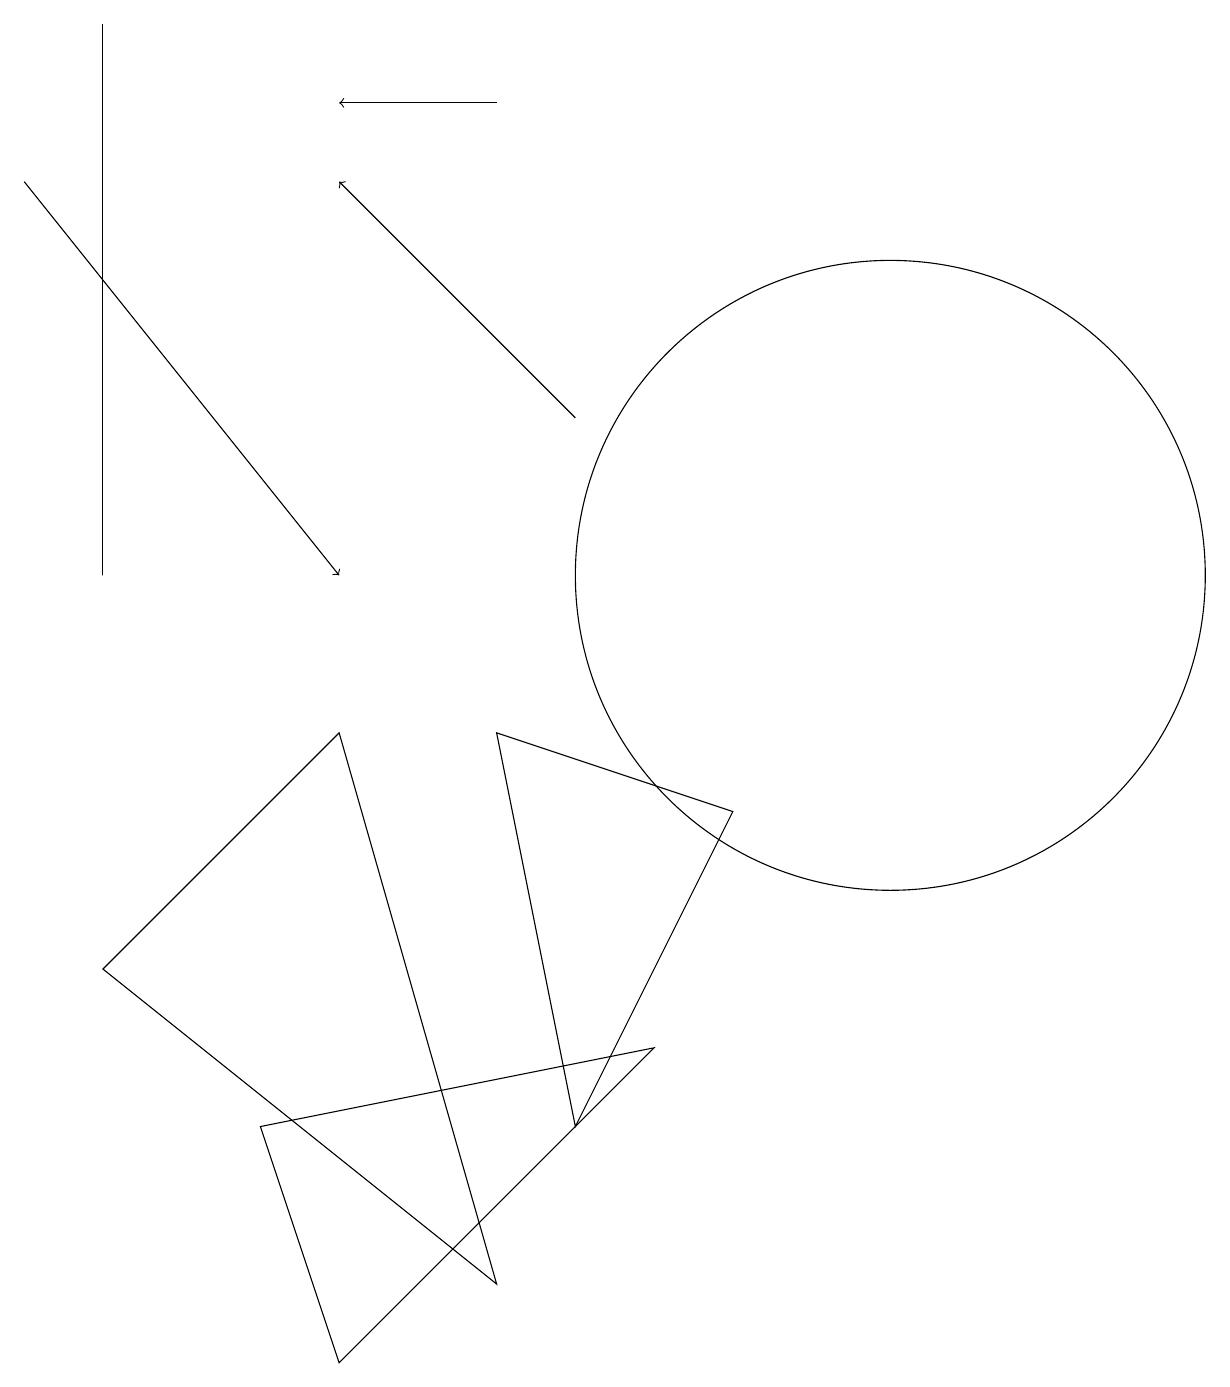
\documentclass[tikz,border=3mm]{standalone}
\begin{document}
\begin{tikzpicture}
\draw[->] (7,12) -- (4,15);
\draw (6,8) -- (9,7) -- (7,3) -- cycle;
\draw (6,1) -- (4,8) -- (1,5) -- cycle;
\draw (8,4) -- (3,3) -- (4,0) -- cycle;
\draw[->] (0,15) -- (4,10);
\draw (11,10) circle (4);
\draw[->] (6,16) -- (4,16);
\draw (1,10) rectangle (1,17);
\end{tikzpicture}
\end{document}